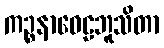
ကဉ္စနာဝေဠဘူသိတာ